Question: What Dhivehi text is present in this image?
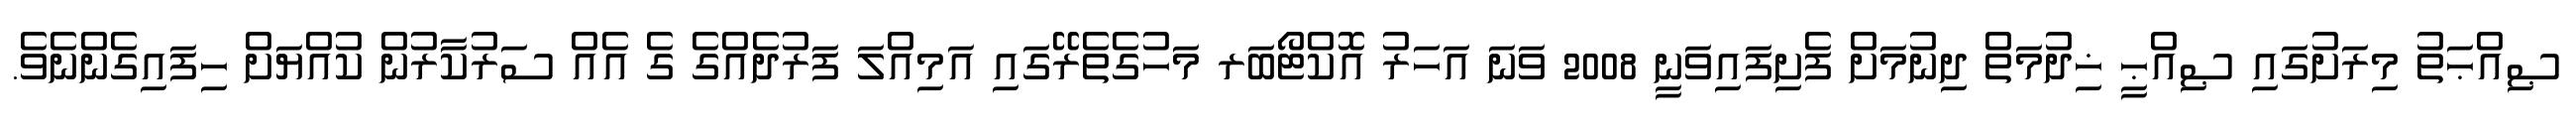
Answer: ޞިއްޙަތު މިރަށުގައި ޞިއްޙީ ޚިދުމަތް ދިނުމަށް ފެށިފައިވަނީ 2008 ވަނަ އަހަރު އޮކްޓޯބަރ މަހުގެތެރޭގައި އަމިއްލަ ފަރުދެއްގެ ގެ އެއް ސަރުކާރުން ކުއްޔަށް ހިފައިގެންނެވެ.